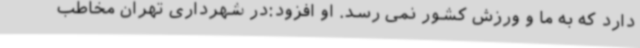
دارد که به ما و ورزش کشور نمی رسد. او افزود:در شهرداری تهران مخاطب